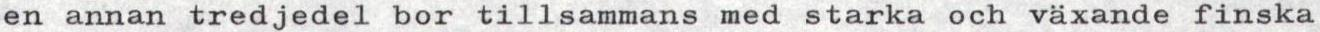
en annan tredjedel bor tillsammans med starka och växande finska